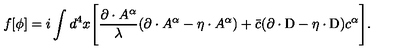
f [ \phi ] = i \int d ^ { 4 } x \Biggl [ { \frac { \partial \cdot A ^ { \alpha } } { \lambda } } ( \partial \cdot A ^ { \alpha } - \eta \cdot A ^ { \alpha } ) + { \bar { c } } ( \partial \cdot \mathrm { D } - \eta \cdot \mathrm { D } ) c ^ { \alpha } \Biggr ] .